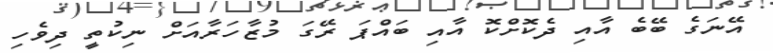
އޭނަގެ ބޭބެ އާއި ދެކޮށްކޮ އާއި ބައްޕަ ރޭގަ މުޒާހަރާއަށް ނިކުތީ ދިވެހި